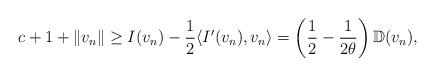
LaTeX: \begin{align*}c+1+\|v_n\| \geq I(v_n) - \frac{1}{2} \langle I'(v_n),v_n \rangle = \left( \frac{1}{2} -\frac{1}{2\theta} \right) \mathbb{D}(v_n),\end{align*}